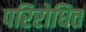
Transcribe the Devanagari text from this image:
परिरोधित